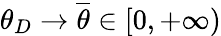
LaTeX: \theta_{D}\to\overline{\theta}\in[0,+\infty)